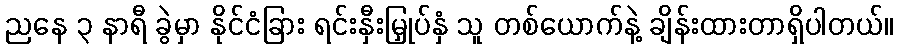
ညနေ ၃ နာရီ ခွဲမှာ နိုင်ငံခြား ရင်းနှီးမြှုပ်နှံ သူ တစ်ယောက်နဲ့ ချိန်းထားတာရှိပါတယ်။